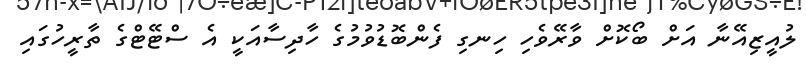
ލުއީޒިއޭނާ އަށް ބޯކޮށް ވާރޭވެހި ހިނގި ފެންބޮޑުވުމުގެ ހާދިސާއަކީ އެ ސްޓޭޓްގެ ތާރީހުގައި